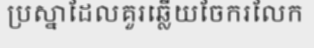
ប្រស្នាដែលគួរឆ្លើយចែករលែក